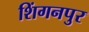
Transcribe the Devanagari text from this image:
शिंगनपुर